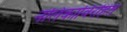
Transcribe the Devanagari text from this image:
नलिकाविरहित